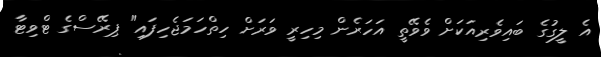
އެ ލީގުގެ ބައިވެރިއަކަށް ވެވޭތީ އަހަރެން މިހިރީ ވަރަށް ހިތްހަމަޖެހިފައި" ޕިރޭސްގެ ޓްވިޓާ